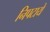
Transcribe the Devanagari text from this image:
निपटाये